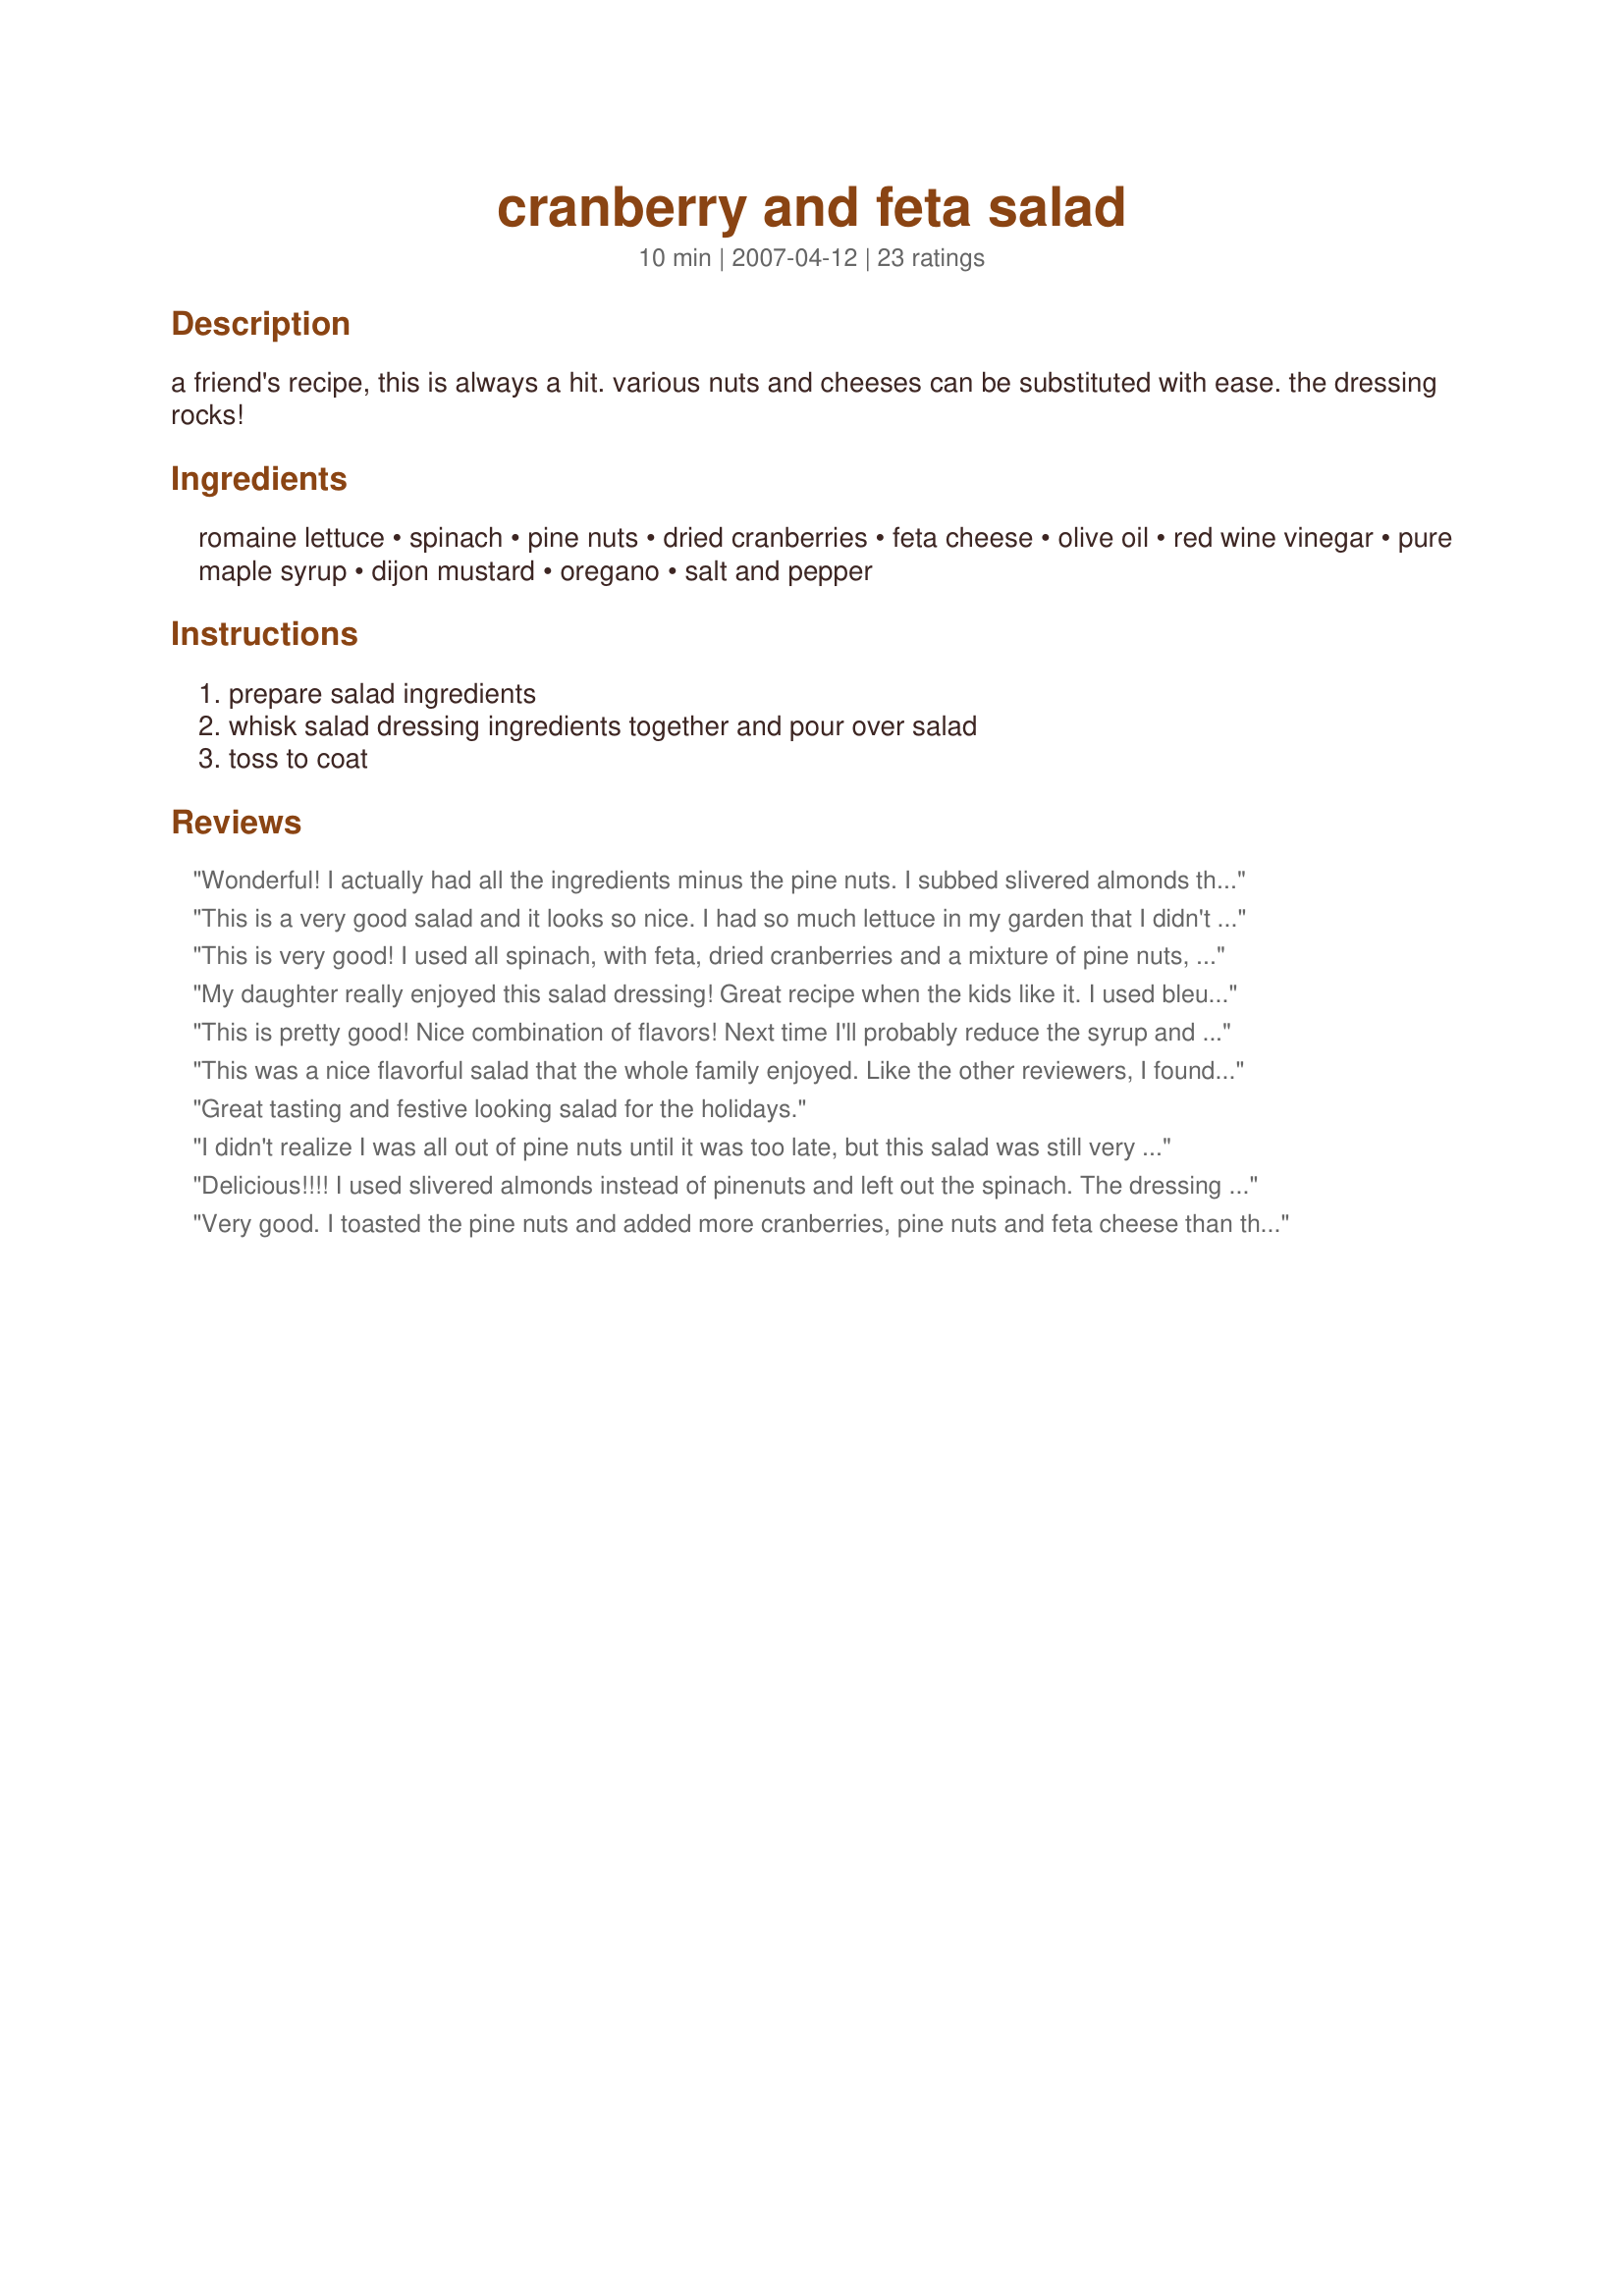
cranberry and feta salad
Preparation time: 10 minutes

a friend's recipe, this is always a hit. various nuts and cheeses can be substituted with ease. the dressing rocks!

Ingredients:
romaine lettuce, spinach, pine nuts, dried cranberries, feta cheese, olive oil, red wine vinegar, pure maple syrup, dijon mustard, oregano, salt and pepper

Steps:
prepare salad ingredients, whisk salad dressing ingredients together and pour over salad, toss to coat

Reviews:
Wonderful! I actually had all the ingredients minus the pine nuts. I subbed slivered almonds that I toasted on the stove in some butter. Dressing is great and goes very well with the feta cheese!
This is a very good salad and it looks so nice. I had so much lettuce in my garden that I didn't add any spinach (even though I love it and know it would be great in it). The dressing could be reduced or possibly just the olive oil. We had it for our dinner meal and my husband and I ate the whole thing. It will be made often. Thanks for sharing a great recipe.
This is very good! I used all spinach, with feta, dried cranberries and a mixture of pine nuts, almonds and pumpkin seeds. Per the suggestion of a previous reviewer, I cut the oil way down in the dressing, to about 3 tablespoons. We also thought it needed a bit more vinegar, so added more of that as well. Great combination of flavors. Made for ZWT3.
My daughter really enjoyed this salad dressing! Great recipe when the kids like it. I used bleu cheese but everything else was as written. Wonderful!
This is pretty good! Nice combination of flavors! Next time I'll probably reduce the syrup and increase the vinegar because I would like it to be a little more sweet and sour than just sweet. Thanks for the great recipe Raspberry Cordial!
This was a nice flavorful salad that the whole family enjoyed. Like the other reviewers, I found that 3 T. of olive oil was plenty. In addition, I think it would be better if the pine nuts were toasted to bring out more flavor.
Great tasting and festive looking salad for the holidays.
I didn't realize I was all out of pine nuts until it was too late, but this salad was still very good without them. The dressing was definitely tasty - a little on the sweet side with a nice hint of maple. I'll probably reduce the amount of oil next time, but that's just my personal preference. Be sure to use a mild tasting olive oil because the stronger stuff can overpower the other flavors. Thanks for a great recipe!
Delicious!!!! I used slivered almonds instead of pinenuts and left out the spinach. The dressing was great!
Very good. I toasted the pine nuts and added more cranberries, pine nuts and feta cheese than the recipe calls for. It's a keeper!!
Lovely. I skipped the pine nuts (didn't have any). A sweet dressing but the feta matches it perfectly.
This is a quick salad to put together. The dressing really does rock! I lightly toasted the pine nuts in a dry skillet. Made for Zingo Bonus during ZWTIII.
I served this with our family Christmas dinner and everyone loved it. It was very simple to make. The dressing has a slightly sweet oily taste and is very good. The dressing coated the salad perfectly, not too much and not too little. I did add some cherry tomatoes and cucumbers to the salad. We&#039;ll definitely use this recipe again.
Very awesome! I nixed the pine nuts and did all spinach, added sunflower seeds, ham, and hardboiled eggs. Everyone at the fourth of July party loved it. :-)
This is a lovely salad, I made it for our Christmas barbecue 2008. The dressing got lots of comments and it was enjoyed by all. Thanks for sharing.
We made these as individual salads as my kids can be a bit picky but it was a hit. I loved the feta, pecans and cranberries together.
At first I was concerned the maple syrup would be overwhelming, but when mixed with the salad greens, it was very good. Thanks for posting.

Toni in Colorado
Thanks, RaspberryCordial, for such a festive, yummy recipe! We had it with our Christmas Eve dinner, and it was perfect. I think the pine nuts would be even better toasted ahead of time, but I used them just plain and they were fine. I'm sure this would be terrific any time of year, but it was perfect for Christmas with its red cranberries and green greens.
This was delicious and refreshing. The mix of romaine with the spinach helped the salad stand up after the addition of dressing. So simple to make and wonderful flavors. I wouldn't change a thing! My dh is very appreciative!
great salad and we loved the dressing...the only thing I changed was I used dried cherris instead of cranberries(because it is cherry festival here this week, and cherries dried or otherwise are everywhere here. And I used sugar free maple syrup...it was yummy
I really loved the mixture of flavors on this salad, and it looks so wonderful with the splash of color from the dried cranberries. The dressing was great too. It had just the slightest hint of maple flavor. Thanks Raspberry Cordial!
What an outstanding salad! My DH was close to licking his plate! The Farm Market is open by our house, so I couldn't resist buying a bag of beautiful baby greens as a substitute for the spinach and romaine. I also succumbed to the local lavendar goat cheese which I think was much better than the feta. But, whatever lettuce you use, or fruit, or cheese, it's all tied together with the wonderful dressing. Try using raspberry vinegar like I did, and I think you'll be happy too!
I love this recipe! I made this over the holidays for my family, who are not salad eaters, and they enjoyed it so much they asked for the recipe. I made the recipe exactly as stated. I was a little leery of the maple syrup that is called for in the dressing but it turned out to be perfect. Thanks for sharing.
